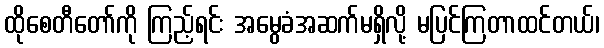
ထိုစေတီတော်ကို ကြည့်ရင်း အမွေခံအဆက်မရှိလို့ မပြင်ကြတာထင်တယ်၊